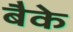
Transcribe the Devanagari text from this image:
बैके